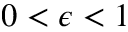
0 < \epsilon < 1